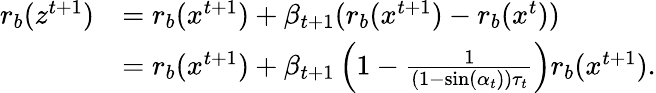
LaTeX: \begin{array}{rl}{r_{b}(z^{t+1})}&{=r_{b}(x^{t+1})+\beta_{t+1}(r_{b}(x^{t+1})-r_{b}(x^{t}))}\\ &{=r_{b}(x^{t+1})+\beta_{t+1}\left(1-\frac{1}{(1-\sin(\alpha_{t}))\tau_{t}}\right)r_{b}(x^{t+1}).}\end{array}